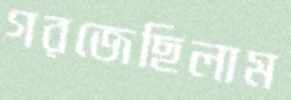
গরজেছিলাম